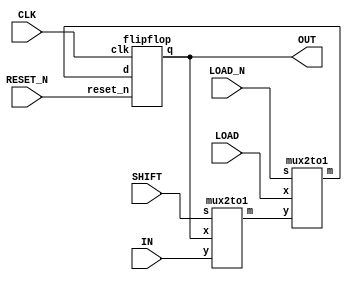
//A standard bit shifter.
module shifterbit(OUT, IN, LOAD, SHIFT, LOAD_N, CLK, RESET_N);
	input IN, LOAD, SHIFT, LOAD_N, CLK, RESET_N;
	output OUT;
	
	wire muxconnector, toDflip;
	
	mux2to1 M1(
		.x(OUT),
		.y(IN),
		.s(SHIFT),
		.m(muxconnector)
	);
	
	mux2to1 M2(
		.x(LOAD),
		.y(muxconnector),
		.s(LOAD_N),
		.m(toDflip)
	);
	
	flipflop F0(
		.d(toDflip),
		.q(OUT),
		.clk(CLK),
		.reset_n(RESET_N)
	);
		
endmodule

//A standard 2-to-1 mux
module mux2to1(x, y, s, m);
    input x; //selected when s is 0
    input y; //selected when s is 1
    input s; //select signal
    output m; //output
  
    assign m = s & y | ~s & x;
    // OR
    // assign m = s ? y : x;

endmodule

//A standard flip-flop
module flipflop(d, reset_n, clk, q);
	input d, reset_n, clk;
	output q;
	reg q;
	
	always @(posedge clk)
	begin
		if(reset_n == 1'b0)
			q <= 0;
		else 
			q <= d;
	end
endmodule


//the hex module, to display score on the board
module hexdisplay(hex_digit, OUT);
    input [3:0] hex_digit;
	 output reg [7:0] OUT;
	 
	 always @(*)
	 begin
		case(hex_digit[3:0])
			4'b0000: OUT = 7'b1000000;
			4'b0001: OUT = 7'b1111001;
			4'b0010: OUT = 7'b0100100;
			4'b0011: OUT = 7'b0110000;
			4'b0100: OUT = 7'b0011001;
			4'b0101: OUT = 7'b0010010;
			4'b0110: OUT = 7'b0000010;
			4'b0111: OUT = 7'b1111000;
			4'b1000: OUT = 7'b0000000;
			4'b1001: OUT = 7'b0011000;
			4'b1010: OUT = 7'b0001000;
			4'b1011: OUT = 7'b0000011;
			4'b1100: OUT = 7'b1000110;
			4'b1101: OUT = 7'b0100001;
			4'b1110: OUT = 7'b0000110;
			4'b1111: OUT = 7'b0001110;
			
			default: OUT = 7'b0111111;
		endcase

	end
endmodule